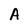
Character: A